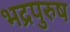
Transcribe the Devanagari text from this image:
भद्रपुरुष